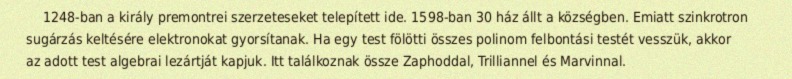
1248-ban a király premontrei szerzeteseket telepített ide. 1598-ban 30 ház állt a községben. Emiatt szinkrotron sugárzás keltésére elektronokat gyorsítanak. Ha egy test fölötti összes polinom felbontási testét vesszük, akkor az adott test algebrai lezártját kapjuk. Itt találkoznak össze Zaphoddal, Trilliannel és Marvinnal.